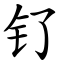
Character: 钌